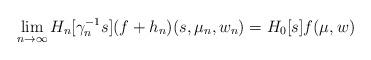
LaTeX: \begin{align*} \lim_{n \rightarrow \infty} H_n[\gamma_n^{-1} s](f + h_n)(s,\mu_n,w_n) = H_0[s] f(\mu,w)\end{align*}